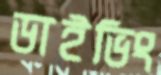
ডাইভিং